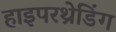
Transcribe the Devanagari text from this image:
हाइपरथ्रेडिंग